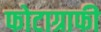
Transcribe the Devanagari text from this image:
फोटाग्राफी